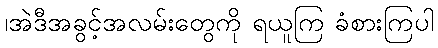
၊အဲဒီအခွင့်အလမ်းတွေကို ရယူကြ ခံစားကြပါ